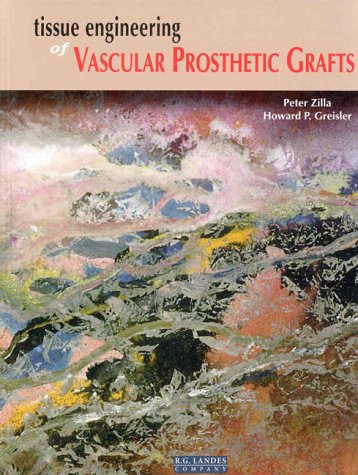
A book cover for Tissue Engineering of Vascular Prosthetic Grafts (Tissue Engineering Intelligence Unit); Medical Books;